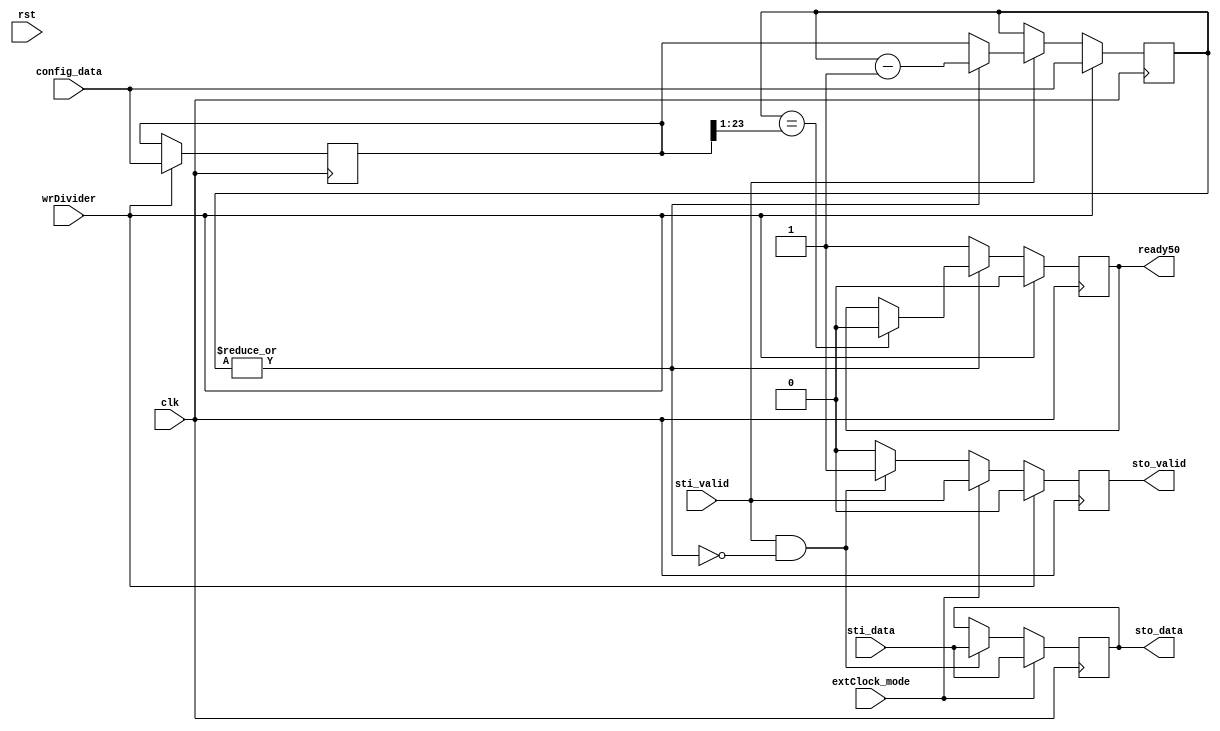
//--------------------------------------------------------------------------------
// sampler.vhd
//
// Copyright (C) 2006 Michael Poppitz
// 
// This program is free software; you can redistribute it and/or modify
// it under the terms of the GNU General Public License as published by
// the Free Software Foundation; either version 2 of the License, or (at
// your option) any later version.
//
// This program is distributed in the hope that it will be useful, but
// WITHOUT ANY WARRANTY; without even the implied warranty of
// MERCHANTABILITY or FITNESS FOR A PARTICULAR PURPOSE. See the GNU
// General Public License for more details.
//
// You should have received a copy of the GNU General Public License along
// with this program; if not, write to the Free Software Foundation, Inc.,
// 51 Franklin St, Fifth Floor, Boston, MA 02110, USA
//
//--------------------------------------------------------------------------------
//
// Details: http://www.sump.org/projects/analyzer/
//
// Produces samples from input applying a programmable divider to the clock.
// Sampling rate can be calculated by:
//
//     r = f / (d + 1)
//
// Where r is the sampling rate, f is the clock frequency and d is the value
// programmed into the divider register.
//
// As of version 0.6 sampling on an extClock_mode clock is also supported. If extclock_mode
// is set '1', the extClock_mode clock will be used to sample data. (Divider is
// ignored for this.)
//
//--------------------------------------------------------------------------------
//
// 12/29/2010 - Verilog Version + cleanups created by Ian Davis (IED) - mygizmos.org
// 

`timescale 1ns/100ps

module sampler #(
  parameter integer DW = 32,  // data width
  parameter integer CW = 24   // counter width
)(
  // system signas
  input  wire          clk, 		// clock
  input  wire          rst, 		// reset
  // configuration/control signals
  input  wire          extClock_mode,	// clock selection
  input  wire          wrDivider, 	// write divider register
  input  wire [CW-1:0] config_data, 	// configuration data
  // input stream
  input  wire          sti_valid,	// sti_data is valid
  input  wire [DW-1:0] sti_data, 	// 32 input channels
  // output stream
  output reg           sto_valid, 	// new sample ready
  output reg  [DW-1:0] sto_data, 	// sampled data
  output reg           ready50
);

//
// Registers...
//
reg next_sto_valid;
reg [DW-1:0] next_sto_data;

reg [CW-1:0] divider, next_divider; 
reg [CW-1:0] counter, next_counter;	// Made counter decrementing.  Better synth.
wire counter_zero = ~|counter;


//
// Generate slow sample reference...
//
initial
begin
  divider = 0;
  counter = 0;
  sto_valid = 0;
  sto_data = 0;
end
always @ (posedge clk) 
begin
  divider   <= next_divider;
  counter   <= next_counter;
  sto_valid <= next_sto_valid;
  sto_data  <= next_sto_data;
end

always @*
begin
  next_divider = divider;
  next_counter = counter;
  next_sto_valid = 1'b0;
  next_sto_data = sto_data;

  if (extClock_mode)
    begin
      next_sto_valid = sti_valid;
      next_sto_data = sti_data;
    end
  else if (sti_valid && counter_zero)
    begin
      next_sto_valid = 1'b1;
      next_sto_data = sti_data;
    end

  //
  // Manage counter divider for internal clock sampling mode...
  //
  if (wrDivider)
    begin
      next_divider = config_data[CW-1:0];
      next_counter = next_divider;
      next_sto_valid = 1'b0; // reset
    end
  else if (sti_valid) 
    if (counter_zero)
      next_counter = divider;
    else next_counter = counter-1'b1;
end


//
// Generate ready50 50% duty cycle sample signal...
//
always @(posedge clk) 
begin
  if (wrDivider)
    ready50 <= 1'b0; // reset
  else if (counter_zero)
    ready50 <= 1'b1;
  else if (counter == divider[CW-1:1])
    ready50 <= 1'b0;
end

endmodule